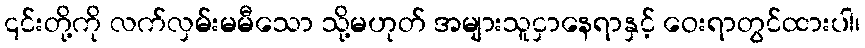
၎င်းတို့ကို လက်လှမ်းမမီသော သို့မဟုတ် အများသူငှာနေရာနှင့် ဝေးရာတွင်ထားပါ၊